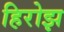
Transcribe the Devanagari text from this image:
हिरोझ